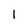
Character: 1